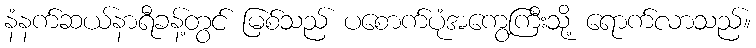
နံနက်ဆယ်နာရီခန့်တွင် မြစ်သည် ပစောက်ပုံအကွေ့ကြီးသို့ ရောက်လာသည်။